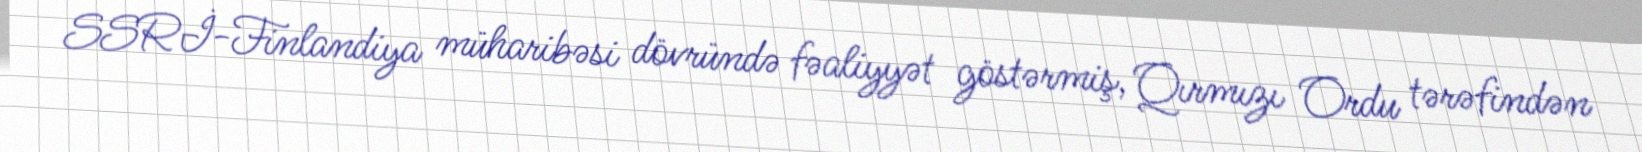
SSRİ-Finlandiya müharibəsi dövründə fəaliyyət göstərmiş, Qırmızı Ordu tərəfindən